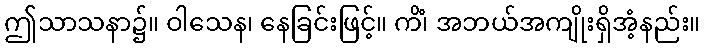
ဤသာသနာ၌။ ဝါသေန၊ နေခြင်းဖြင့်။ ကိံ၊ အဘယ်အကျိုးရှိအံ့နည်း။